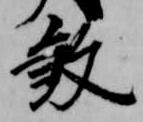
殺